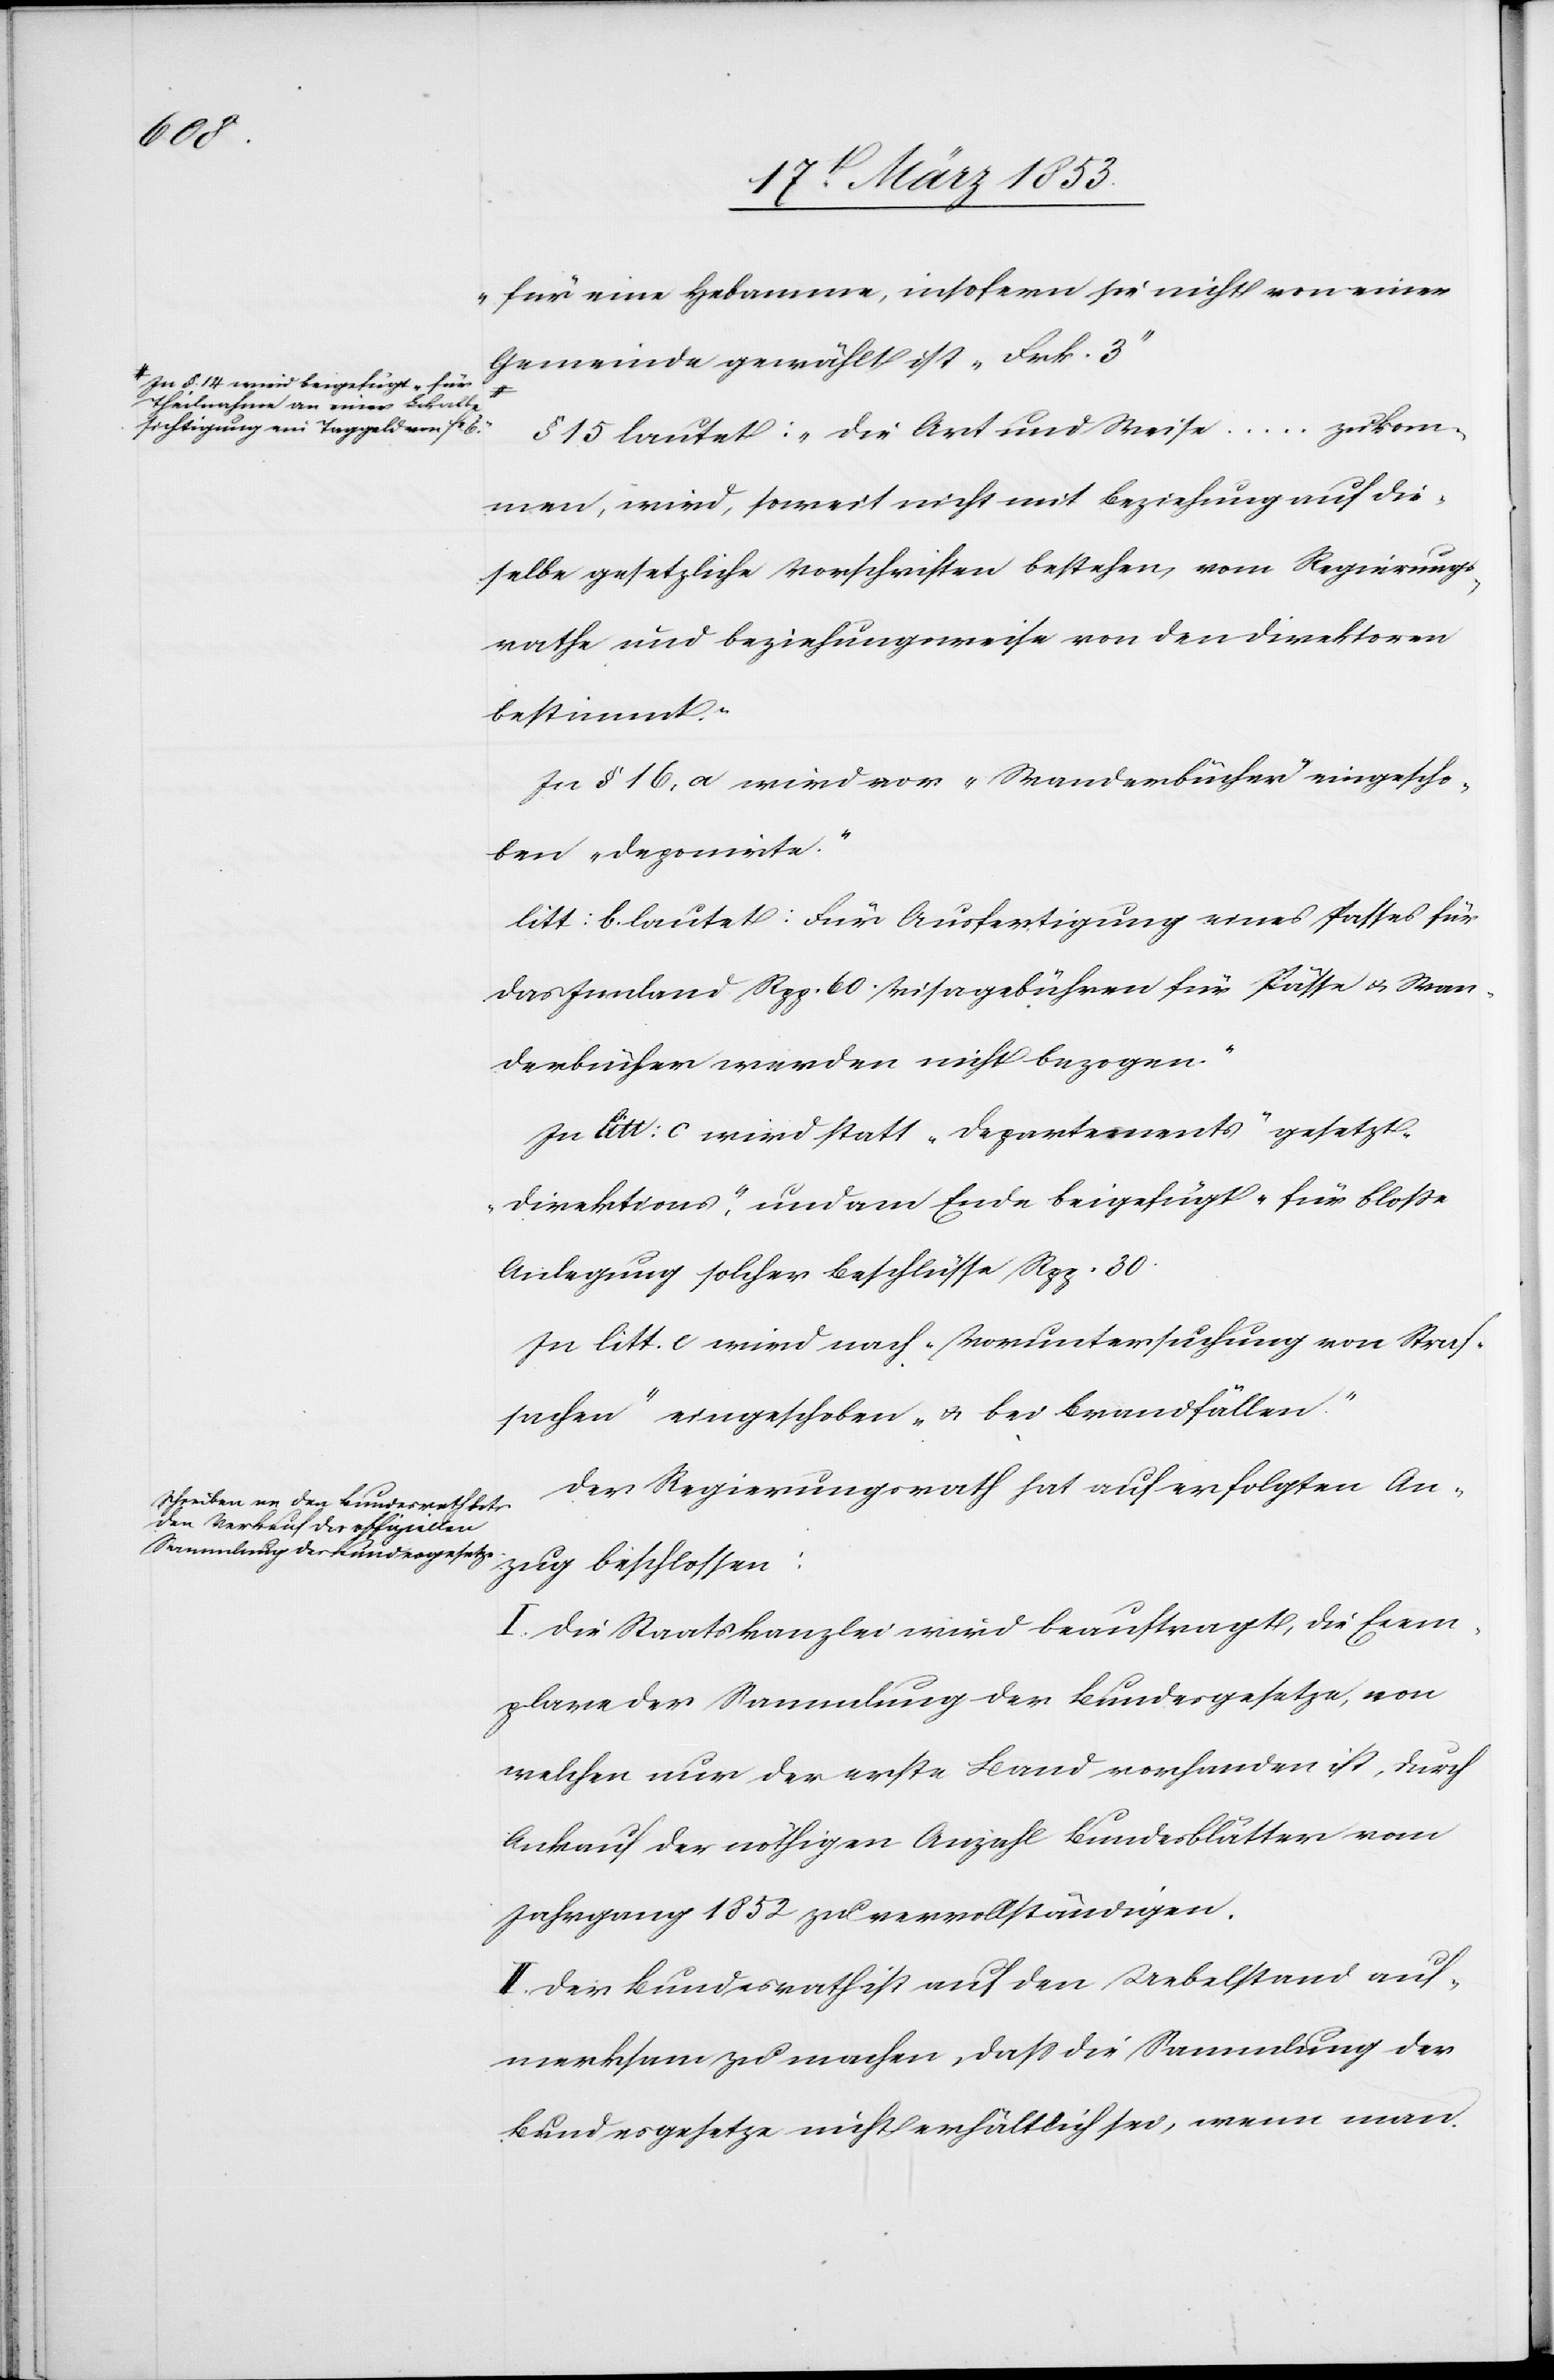
In § 14 wird beigefügt „für
Theilnahme an einer Lokalbe¬
sichtigung ein Taggeld von fr.

„für eine Hebamme, insofern sie nicht von einer
Gemeinde gewählt ist Frk. 3.“
§ 15 lautet: „Die Art und Weise…zu kom¬
men, wird, soweit nicht mit Beziehung auf die¬
selbe gesetzliche Vorschriften bestehen, vom Regierungs¬
rathe und beziehungsweise von den Direktoren
bestimmt.“
In § 16 a wird vor „Wanderbücher“ eingescho¬
ben „deponirte“.
litt: b. lautet: Für Ausfertigung eines Passes für
das Innland Rpp. 60. Visagebühren für Pässe u. Wan¬
derbücher werden nicht bezogen.“
In litt: c wird statt „Departements“ gesetzt
„Direktions“, und am Ende beigefügt „für bloße
Anlegung solcher Beschlüsse Rpp. 80
In litt. c. wird nach „Voruntersuchung von Straf¬
sachen“ eingeschoben „u. bei Brandfällen“
Der Regierungsrath hat auf erfolgten An¬
zug beschlossen:
I. Die Staatskanzlei wird beauftragt, die Exem¬
plare der Sammlung der Bundesgesetze von
welcher nur der erste Band vorhanden ist, durch
Ankauf der nöthigen Anzahl Bundesblätter vom
Jahrgang 1852 zu vervollständigen.
II. Der Bundesrath ist auf den Uebelstand auf¬
merksam zu machen, daß die Sammlung der
Bundesgesetze nicht erhältlich sei, wenn man